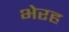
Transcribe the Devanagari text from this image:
भेरह